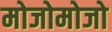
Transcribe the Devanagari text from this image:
मोजोमोजो